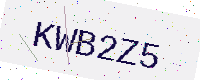
Text: KWB2Z5